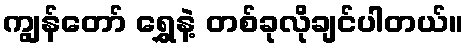
ကျွန်တော် ရွှေနဲ့ တစ်ခုလိုချင်ပါတယ်။